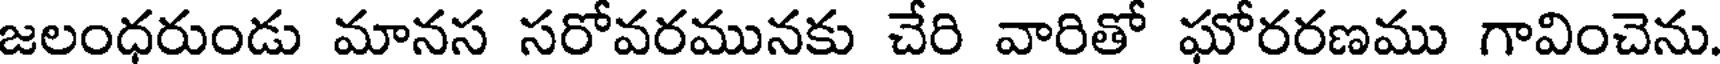
జలంధరుండు మానస సరోవరమునకు చేరి వారితో ఘోరరణము గావించెను